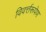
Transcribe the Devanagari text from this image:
विवर्त्तरूपेण